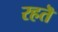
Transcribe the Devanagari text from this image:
रहतॆ